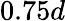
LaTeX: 0.75d